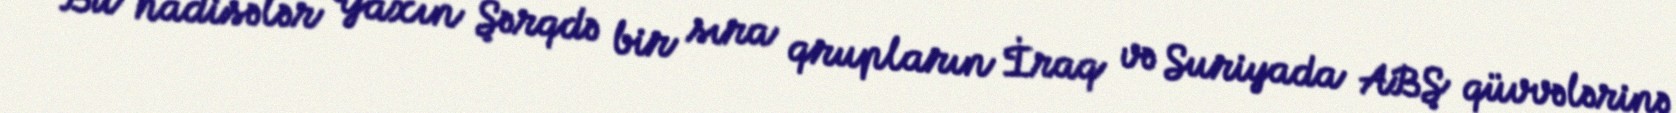
Bu hadisələr Yaxın Şərqdə bir sıra qrupların İraq və Suriyada ABŞ qüvvələrinə